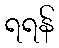
ရရန်